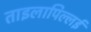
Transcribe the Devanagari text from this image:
ताइलापिल्लई